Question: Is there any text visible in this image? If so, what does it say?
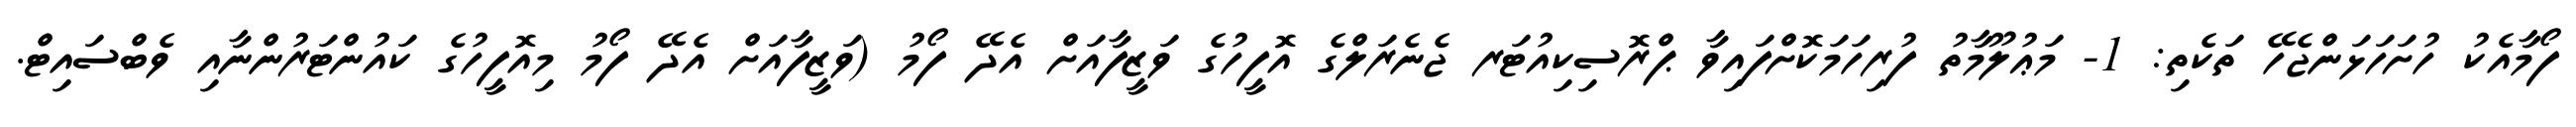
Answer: ފޯމާއެކު ހުށަހަޅަންޖެހޭ ތަކެތި: 1- މަޢުލޫމާތު ފުރިހަމަކޮށްފައިވާ ޕްރޮސިކިއުޓަރ ޖެނެރަލްގެ އޮފީހުގެ ވަޒީފާއަށް އެދޭ ފޯމު (ވަޒީފާއަށް އެދޭ ފޯމު މިއޮފީހުގެ ކައުންޓަރުންނާއި ވެބްސައިޓް.